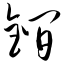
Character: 锏